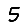
Digit: 5